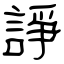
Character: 諍